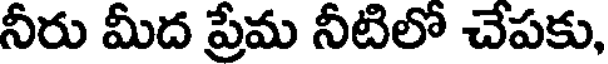
నీరు మీద ప్రేమ నీటిలో చేపకు,